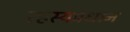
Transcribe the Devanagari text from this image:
रहस्यप्रधान